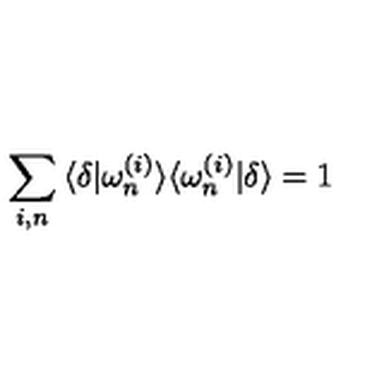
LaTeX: \sum _ { i , n } \: \langle \delta | \omega _ { n } ^ { ( i ) } \rangle \langle \omega _ { n } ^ { ( i ) } | \delta \rangle = 1